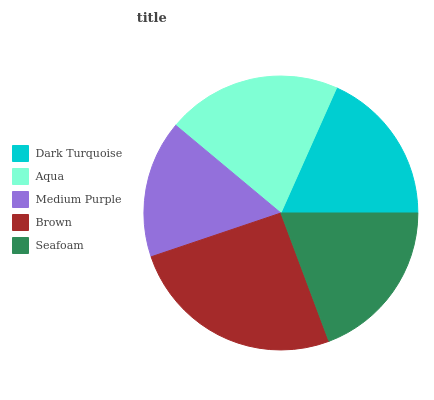
| Dark Turquoise | Aqua | Medium Purple | Brown | Seafoam |
 | --- | --- | --- | --- | --- |
 | 18.3% | 20.6% | 16.3% | 25.5% | 19.3% |